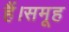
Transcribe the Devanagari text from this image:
हैं।समूह